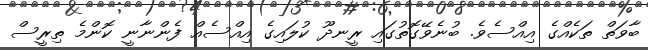
ބާވަތް ތަކެއްގެ އިއްސެވެ. ބުނެވޭގޮތުގައި ރީނދޫ ކުލައިގެ އިއްސެއް ފެންނާނީ ކޮންމެ ތިރީސް